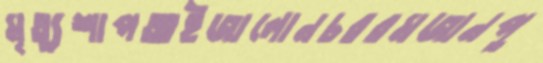
মৃত্যুশাপআইজালোনচররমজানপু